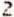
2